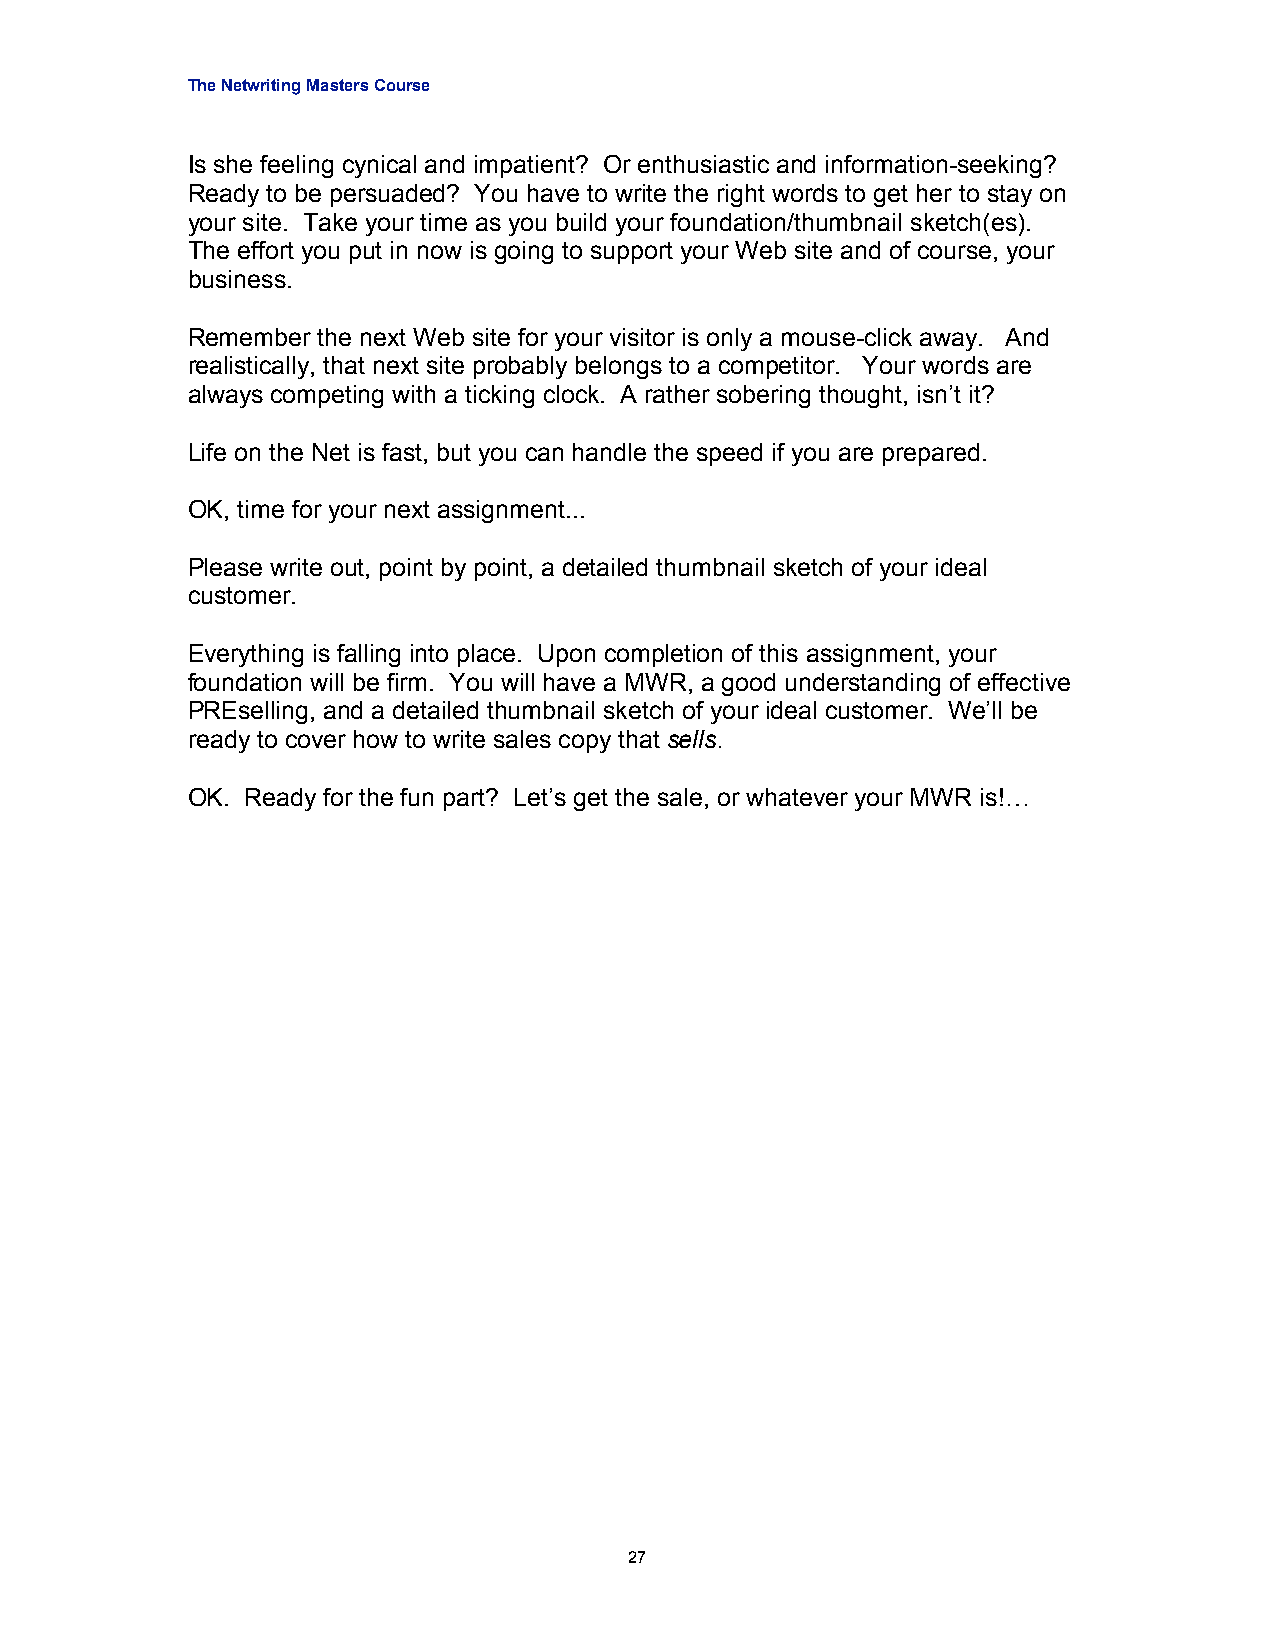
The Netwriting Masters Course
 Is she feeling cynical and impatient? Or enthusiastic and information-seeking?
 Ready to be persuaded? You have to write the right words to get her to stay on
 your site. Take your time as you build your foundation/thumbnail sketch(es).
 The effort you put in now is going to support your Web site and of course, your
 business.
 Remember the next Web site for your visitor is only a mouse-click away. And
 realistically, that next site probably belongs to a competitor. Your words are
 always competing with a ticking clock. A rather sobering thought, isn’t it?
 Life on the Net is fast, but you can handle the speed if you are prepared.
 OK, time for your next assignment...
 Please write out, point by point, a detailed thumbnail sketch of your ideal
 customer.
 Everything is falling into place. Upon completion of this assignment, your
 foundation will be firm. You will have a MWR, a good understanding of effective
 PREselling, and a detailed thumbnail sketch of your ideal customer. We’ll be
 ready to cover how to write sales copy that sells.
 OK. Ready for the fun part? Let’s get the sale, or whatever your MWR is!…
 27